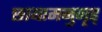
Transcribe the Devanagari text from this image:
छायामनुगृह्